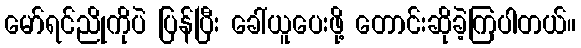
မော်ရင်ညိုကိုပဲ ပြန်ပြီး ခေါ်ယူပေးဖို့ တောင်းဆိုခဲ့ကြပါတယ်။